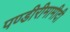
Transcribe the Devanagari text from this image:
पण्डीरीमामीदी